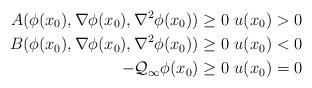
LaTeX: \begin{align*}A(\phi(x_0), \nabla\phi(x_0), \nabla^2 \phi(x_0))\ge 0 \ u(x_0)>0\\B(\phi(x_0), \nabla\phi(x_0), \nabla^2 \phi(x_0))\ge 0 \ u(x_0)<0\\-\mathcal{Q}_\infty \phi(x_0)\ge0 \ u(x_0)=0\end{align*}